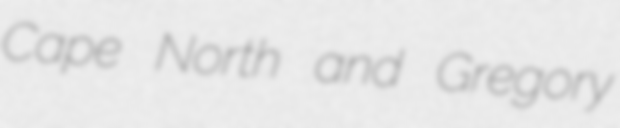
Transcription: Cape North and Gregory